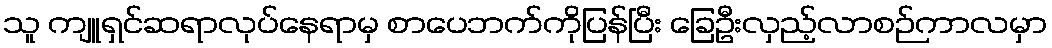
သူ ကျူရှင်ဆရာလုပ်နေရာမှ စာပေဘက်ကိုပြန်ပြီး ခြေဦးလှည့်လာစဉ်ကာလမှာ